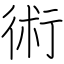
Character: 術